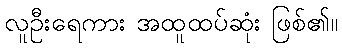
လူဦးရေကား အထူထပ်ဆုံး ဖြစ်၏။